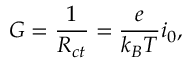
G = \frac { 1 } { R _ { c t } } = \frac { e } { k _ { B } T } i _ { 0 } ,